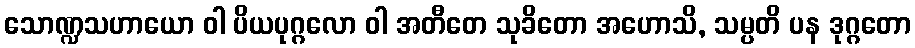
သောဏ္ဍသဟာယော ဝါ ပိယပုဂ္ဂလော ဝါ အတီတေ သုခိတော အဟောသိ, သမ္ပတိ ပန ဒုဂ္ဂတော